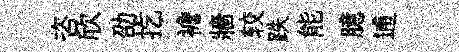
咨欣劭扢襜牆较跌能臆逋